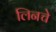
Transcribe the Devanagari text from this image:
लिनचे